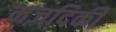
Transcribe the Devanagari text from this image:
नज़दिकी